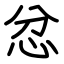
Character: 忿